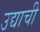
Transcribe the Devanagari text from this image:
उद्याची